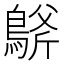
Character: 𪂀